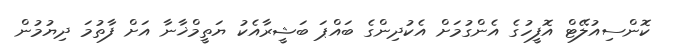
ކޮންސިއުލޭޓް އޮފީހުގެ އެންގުމަށް އެކުދިންގެ ބައްޕަ ބަޝީރާއެކު ޔަތީމްޚާނާ އަށް ފާތުމަ ދިޔުމުން